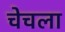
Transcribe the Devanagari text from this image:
चेचला